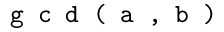
\texttt { g c d ( a , b ) }